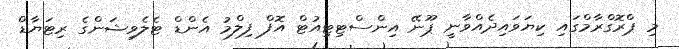
މި ޕްރޮގްރާމްގައި ކިޔަވައިދެއްވާނީ ޕޫނޭ އިންސްޓިޓިއުޓް އޮފް ފިލްމު އެންޑް ޓެލެވިޝަންގެ ރިޓަޔާޑް